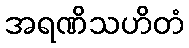
အရဏိသဟိတံ